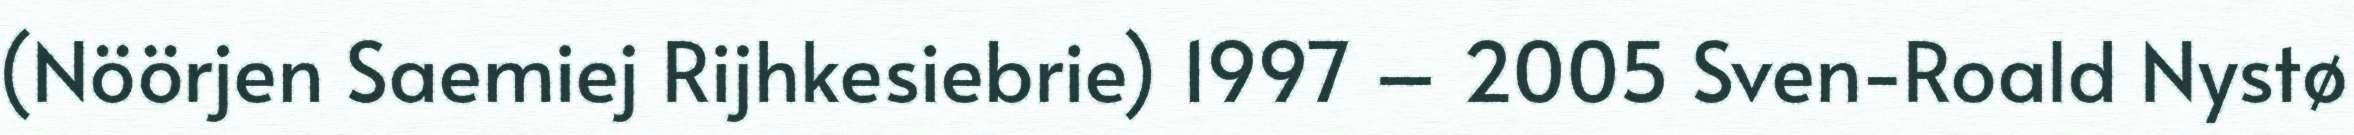
(Nöörjen Saemiej Rijhkesiebrie) 1997 – 2005 Sven-Roald Nystø